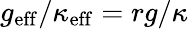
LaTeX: g_{\mathrm{eff}}/\kappa_{\mathrm{eff}}=rg/\kappa